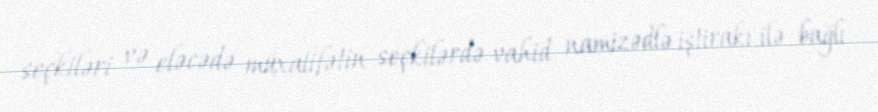
seçkiləri və eləcədə müxalifətin seçkilərdə vahid namizədlə iştirakı ilə bağlı